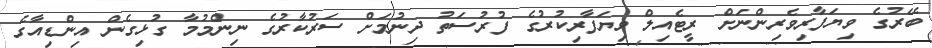
ބޭރުގެ ވިޔަފާރިވެރިންނަށް ރީޓެއިލް ވިޔަފާރިކުރުގެ ފުރުސަތު ދިނުމަށް ސަރުކާރުގެ ނިންމުމާ ގުޅިގެން އިންޑިއާގެ